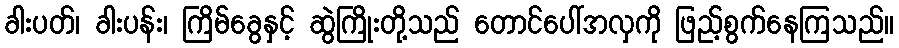
ခါးပတ်၊ ခါးပန်း၊ ကြိမ်ခွေနှင့် ဆွဲကြိုးတို့သည် တောင်ပေါ်အလှကို ဖြည့်စွက်နေကြသည်။